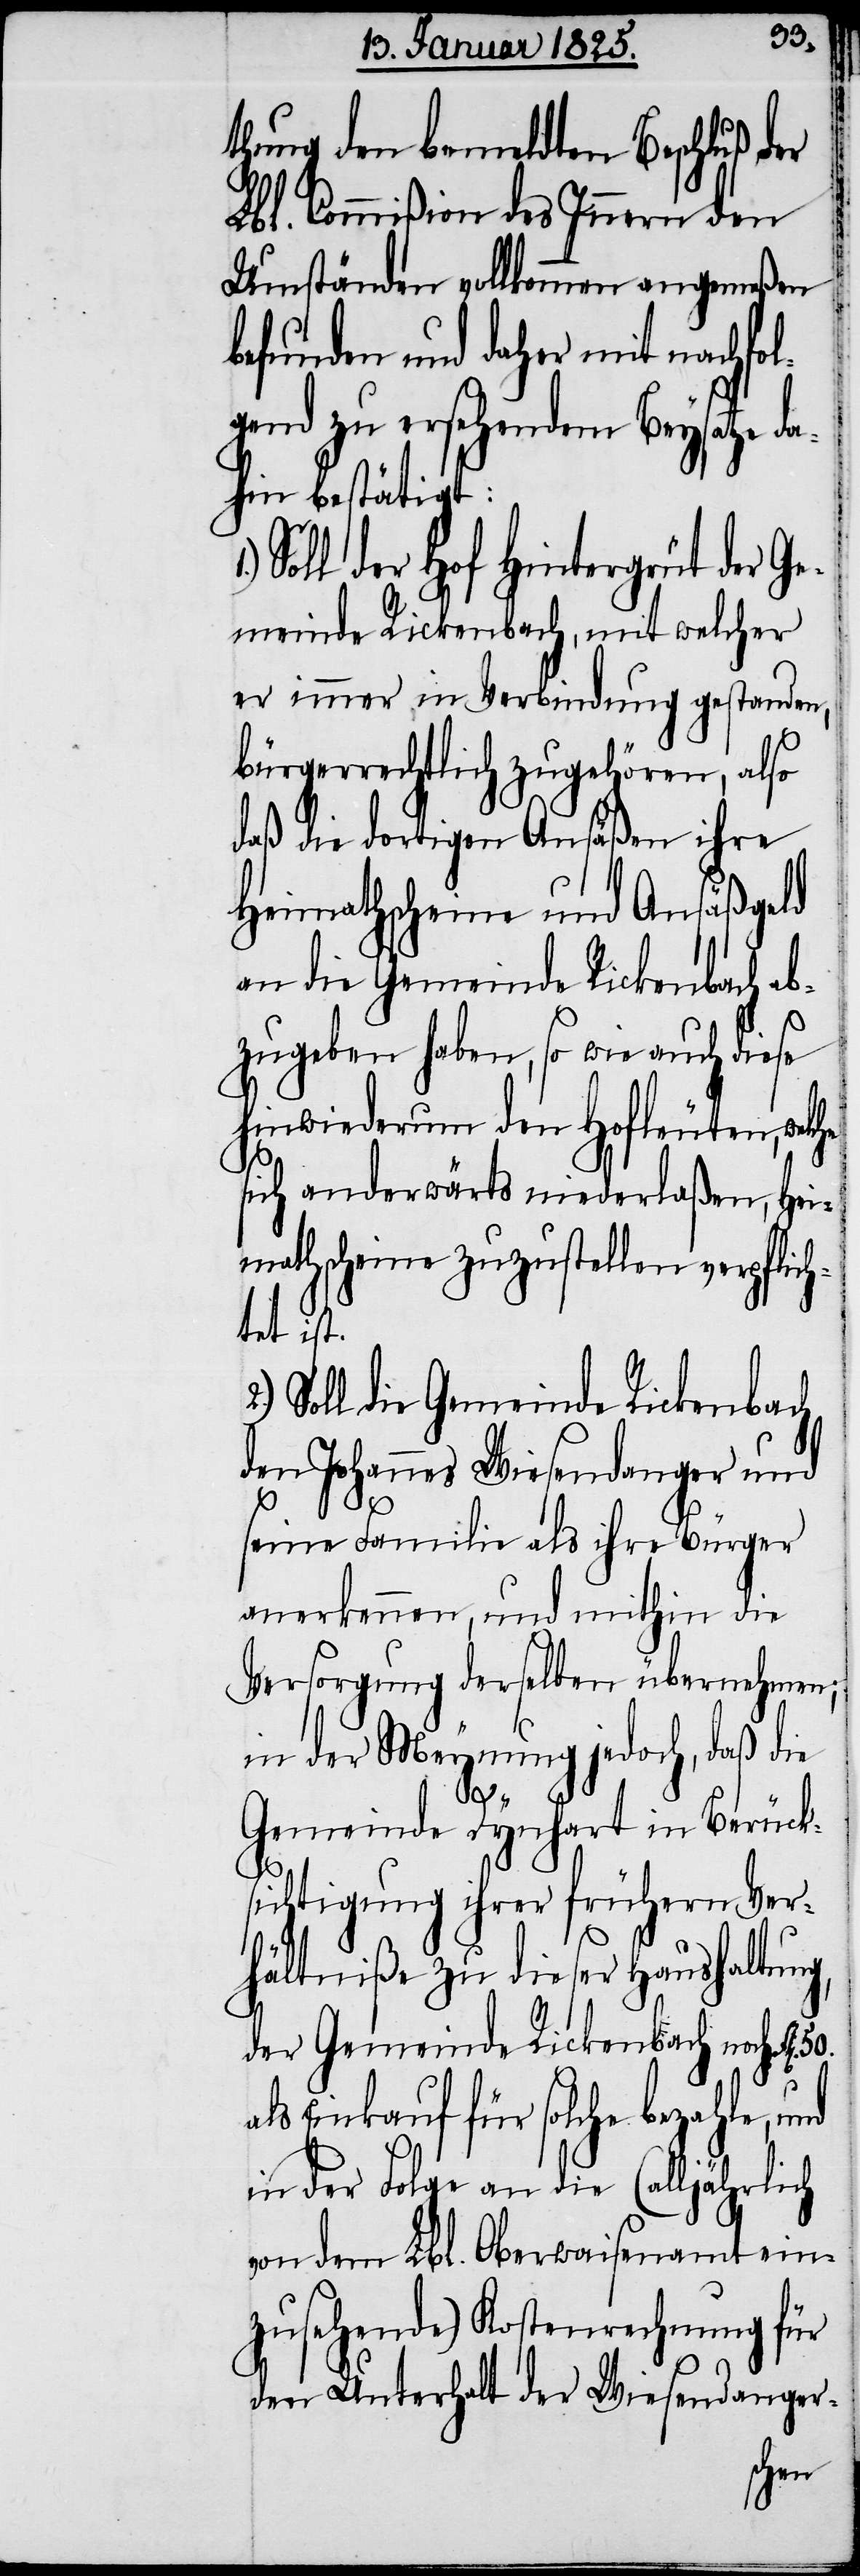
thung den bemeldten Beschluß der
Lbl. Commißion des Innern den
Umständen vollkommen angemeßen
befunden und daher mit nachfol¬
gend zu ersehendem Beysatze d¬
ahin bestätigt:
Soll der Hof Hintergreut der Ge¬
meinde Rickenbach, mit welcher
er immer in Verbindung gestanden,
bürgerrechtlich zugehören, also
daß die dortigen Ansäßen ihre
Heimathscheine und Ansäßgeld
an die Gemeinde Rickenbach ab¬
zugeben haben, so wie auch diese
hinwiederum den Hofleuten,
sich anderwärts niederl¬
die
mathscheine zuzust¬
Soll die Gemeinde
den Johannes Wiesen¬
seine Familie als ihre Bürger
anerkennen, und
Versorgung derselben
k¬
in der Meynung jedo¬
50.
Gemeinde Dynhart in Berüc¬
sichtigung ihrer früheren Ver¬
hältniße zu dieser Haushaltung,
der Gemeinde Rickenbach noch
als Einkauf für solche bezahle, und
in der Folge an die (alljährlich
von dem Lbl. Oberwaisenamt ein¬
zusehende) Kostenrechnung für
den Unterhalt der Wiesendanger-